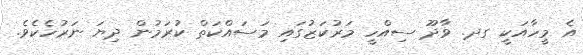
އެ މީހާއަކީ ގދ. ވާދޫ ސިއްހީ މަރުކަޒުގައި މަސައްކަތް ކުރަމުން ދިޔަ ނަރުހެކެވެ.